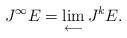
LaTeX: \begin{gather*}J^\infty E=\lim_{\longleftarrow}J^k E .\end{gather*}